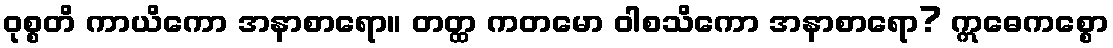
ဝုစ္စတိ ကာယိကော အနာစာရော။ တတ္ထ ကတမော ဝါစသိကော အနာစာရော? ဣဓေကစ္စော